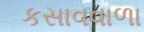
કસાવવાળા